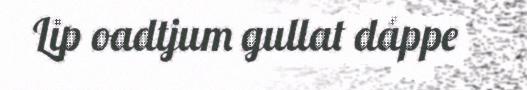
Lip oadtjum gullat dáppe